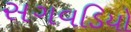
સગવડિયો